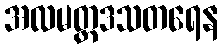
အလမတ္ထဒသတရေန